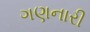
ગણનારી